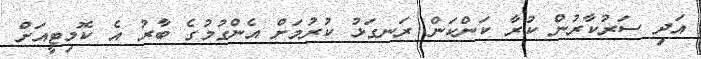
އަދި ސަރުކާރުން ކުރާ ކަންކަން ރަނގަޅު ކުރުމަށް އެންގުމުގެ ބާރު އެ ކޮމިޓީއަށް